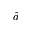
\hat { a }